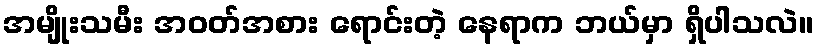
အမျိုးသမီး အဝတ်အစား ရောင်းတဲ့ နေရာက ဘယ်မှာ ရှိပါသလဲ။